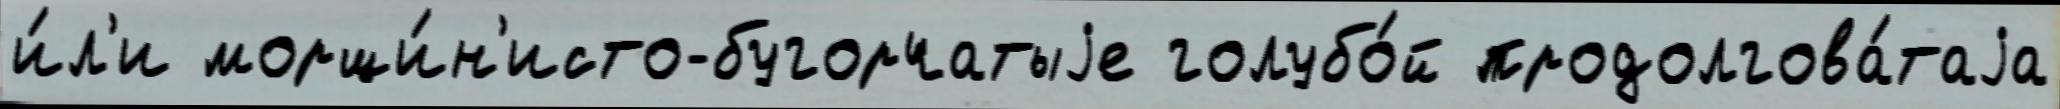
и́л'и морщи́н'исто-бугорчатыjе голубо́й продолгова́таjа